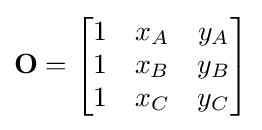
\mathbf {O} ={\begin{bmatrix}1&x_{A}&y_{A}\\1&x_{B}&y_{B}\\1&x_{C}&y_{C}\end{bmatrix}}